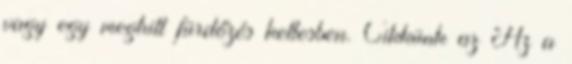
vagy egy meghitt fürdőzés kettesben. Cikkünk az Az a